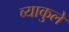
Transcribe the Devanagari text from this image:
व्याकुले